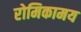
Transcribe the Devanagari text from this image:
रोमिकामय